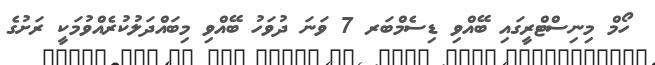
ހޯމް މިނިސްޓްރީގައި ބޭއްވި ޑިސެމްބަރ 7 ވަނަ ދުވަހު ބޭއްވި މިބައްދަލުކުރެއްވުމަކީ ރަށުގެ